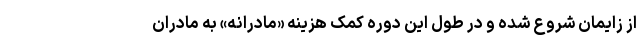
از زایمان شروع شده و در طول این دوره کمک هزینه «مادرانه» به مادران